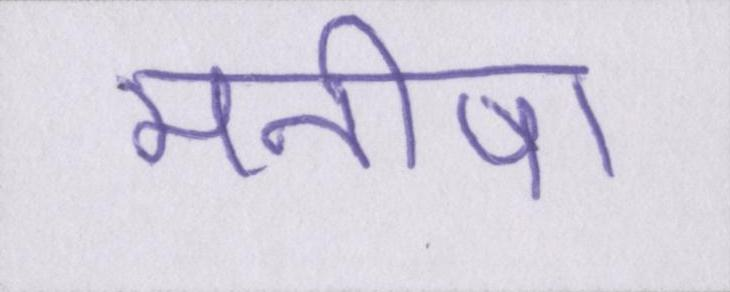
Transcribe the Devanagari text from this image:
मनीषा